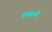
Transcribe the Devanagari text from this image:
छवनी